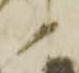
ノ